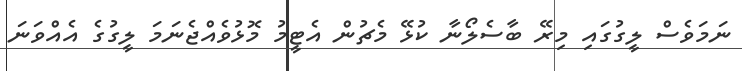
ނަމަވެސް ލީގުގައި މިރޭ ބާސެލޯނާ ކުޅޭ މެޗުން އެޓީމު މޮޅުވެއްޖެނަމަ ލީގުގެ އެއްވަނަ